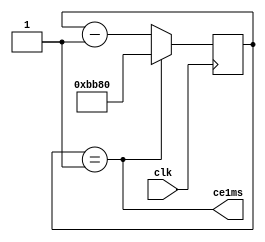
module Gen1ms #(parameter Fclk = 48000000)(
	input clk,
	output wire ce1ms
);

parameter F1kHz = 1000;
reg [15:0]cb_ms = 0;

assign ce1ms = (cb_ms == 1);

always @(posedge clk) begin
	cb_ms <= ce1ms ? (Fclk / F1kHz) : (cb_ms - 1);
end

endmodule